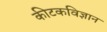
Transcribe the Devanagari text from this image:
कीटकविज्ञान